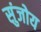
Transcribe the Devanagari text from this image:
सुंजोय